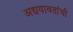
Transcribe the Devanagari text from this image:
अद्ययावतांची